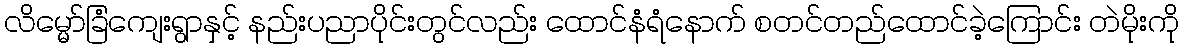
လိမ္မော်ခြံကျေးရွာနှင့် နည်းပညာပိုင်းတွင်လည်း ထောင်နံရံနောက် စတင်တည်ထောင်ခဲ့ကြောင်း တဲမိုးကို